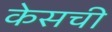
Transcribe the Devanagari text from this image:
केसची